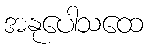
အနုပေါသထေ